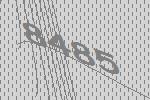
8485